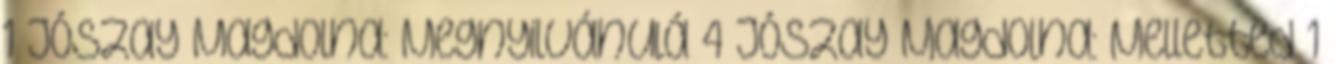
1 Jószay Magdolna: Megnyilvánulá 4 Jószay Magdolna: Melletted 1